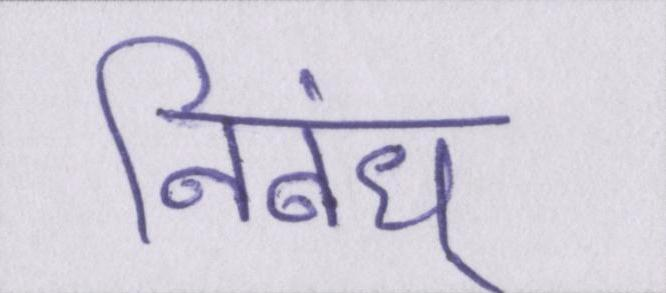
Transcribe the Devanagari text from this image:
निबंध्